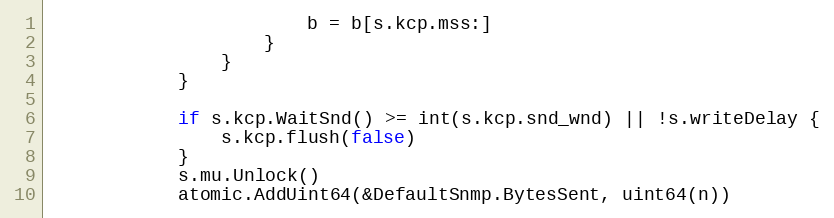
Language: Go
						b = b[s.kcp.mss:]
					}
				}
			}

			if s.kcp.WaitSnd() >= int(s.kcp.snd_wnd) || !s.writeDelay {
				s.kcp.flush(false)
			}
			s.mu.Unlock()
			atomic.AddUint64(&DefaultSnmp.BytesSent, uint64(n))